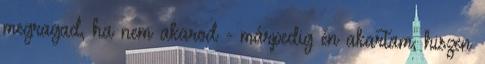
megragad, ha nem akarod - márpedig én akartam, hiszen